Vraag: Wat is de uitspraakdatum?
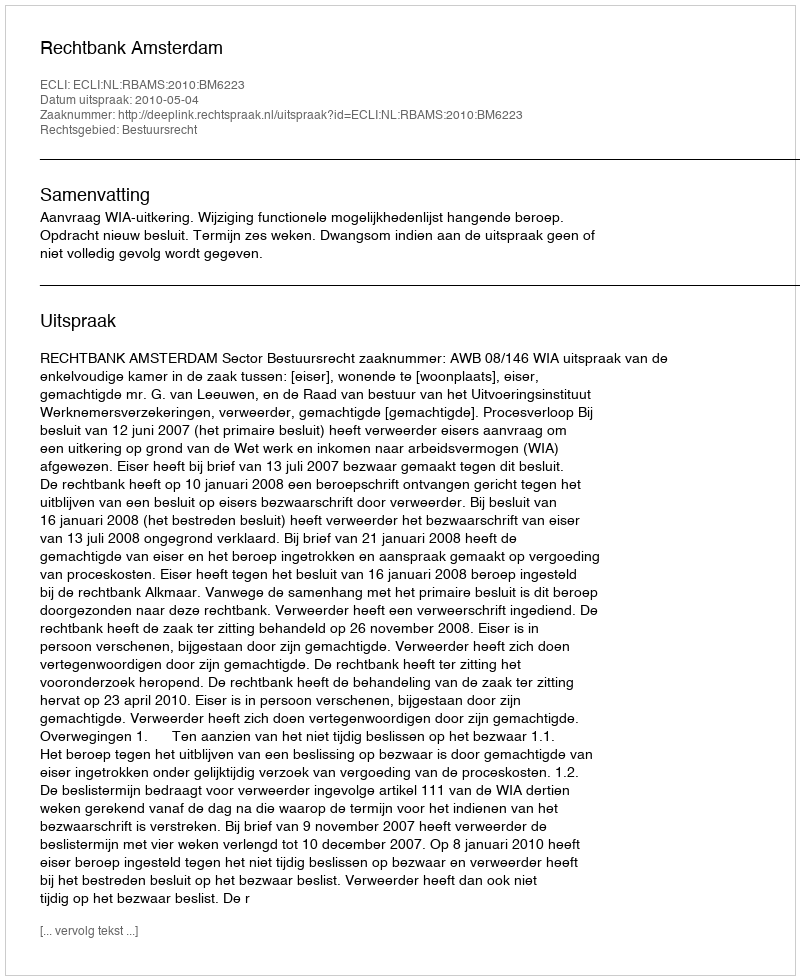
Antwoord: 2010-05-04